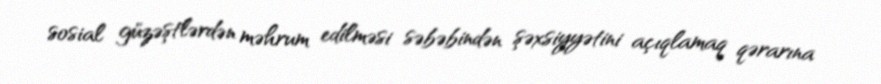
sosial güzəştlərdən məhrum edilməsi səbəbindən şəxsiyyətini açıqlamaq qərarına